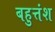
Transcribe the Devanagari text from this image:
बहुत्तंश